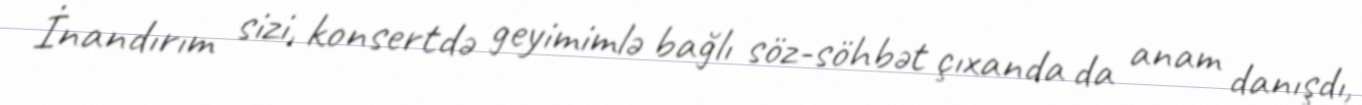
İnandırım sizi, konsertdə geyimimlə bağlı söz-söhbət çıxanda da anam danışdı,